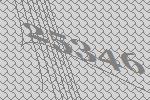
25346